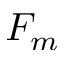
F _ { m }